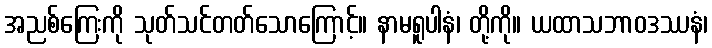
အညစ်ကြေးကို သုတ်သင်တတ်သောကြောင့်။ နာမရူပါနံ၊ တို့ကို။ ယထာသဘာဝဒဿနံ၊